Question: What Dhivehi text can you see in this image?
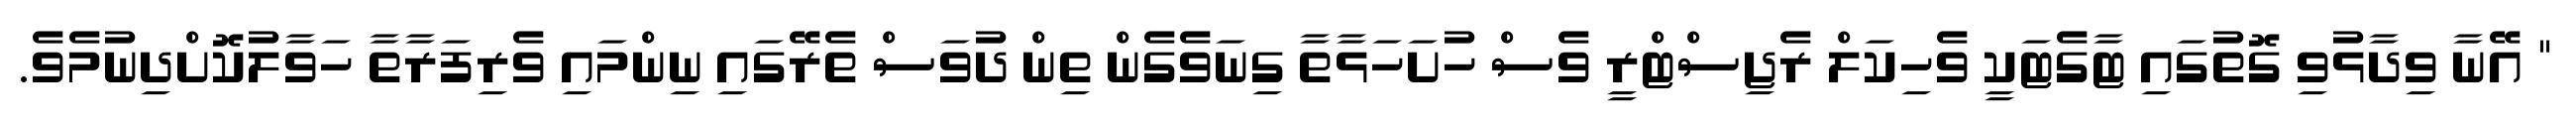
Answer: " އޭނާ ވިދާޅުވި ގޮތުގައި ޓާގެޓަކީ ވެހިކަލް ރެޖިސްޓްރީ ވެސް ހުށަހަޅާތާ ގިނަވެގެން ތިން ދުވަސް ތެރޭގައި ނިންމައި ވެރިފަރާތާ ހަވާލުކޮށްދިނުމެވެ.